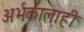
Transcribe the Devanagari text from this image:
अर्भकालाही